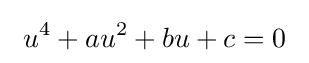
\ u^{4}+au^{2}+bu+c=0\